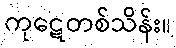
ကုဋေတစ်သိန်း။